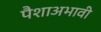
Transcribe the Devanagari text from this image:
पैशाअभावी